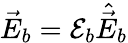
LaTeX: \vec{E}_{b}=\mathcal{E}_{b}\hat{\vec{E}}_{b}